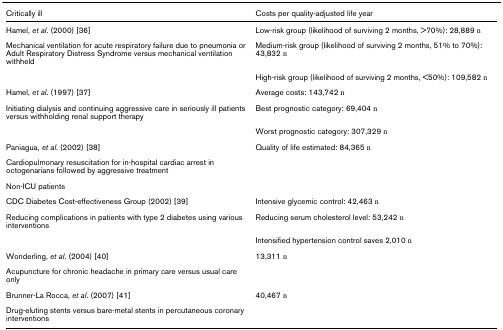
<table><thead><tr><td><b>Critically ill</b></td><td><b>Costs per quality-adjusted life year</b></td></tr></thead><tbody><tr><td>Hamel, <i>et al</i>. (2000) [36]</td><td>Low-risk group (likelihood of surviving 2 months, &gt;70%): 28,889 €</td></tr><tr><td>Mechanical ventilation for acute respiratory failure due to pneumonia or Adult Respiratory Distress Syndrome versus mechanical ventilation withheld</td><td>Medium-risk group (likelihood of surviving 2 months, 51% to 70%): 43,832 €</td></tr><tr><td></td><td>High-risk group (likelihood of surviving 2 months, &lt;50%): 109,582 €</td></tr><tr><td>Hamel, <i>et al</i>. (1997) [37]</td><td>Average costs: 143,742 €</td></tr><tr><td>Initiating dialysis and continuing aggressive care in seriously ill patients versus withholding renal support therapy</td><td>Best prognostic category: 69,404 €</td></tr><tr><td></td><td>Worst prognostic category: 307,329 €</td></tr><tr><td>Paniagua, <i>et al</i>. (2002) [38]</td><td>Quality of life estimated: 84,365 €</td></tr><tr><td>Cardiopulmonary resuscitation for in-hospital cardiac arrest in octogenarians followed by aggressive treatment</td><td></td></tr><tr><td>Non-ICU patients</td><td></td></tr><tr><td>CDC Diabetes Cost-effectiveness Group (2002) [39]</td><td>Intensive glycemic control: 42,463 €</td></tr><tr><td>Reducing complications in patients with type 2 diabetes using various interventions</td><td>Reducing serum cholesterol level: 53,242 €</td></tr><tr><td></td><td>Intensified hypertension control saves 2,010 €</td></tr><tr><td>Wonderling, <i>et al</i>. (2004) [40]</td><td>13,311 €</td></tr><tr><td>Acupuncture for chronic headache in primary care versus usual care only</td><td></td></tr><tr><td>Brunner-La Rocca, <i>et al</i>. (2007) [41]</td><td>40,467 €</td></tr><tr><td>Drug-eluting stents versus bare-metal stents in percutaneous coronary interventions</td><td></td></tr></tbody></table>